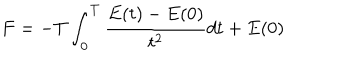
F = - T \int _ { 0 } ^ { T } { \frac { E ( t ) - E ( 0 ) } { t ^ { 2 } } } d t + E ( 0 )